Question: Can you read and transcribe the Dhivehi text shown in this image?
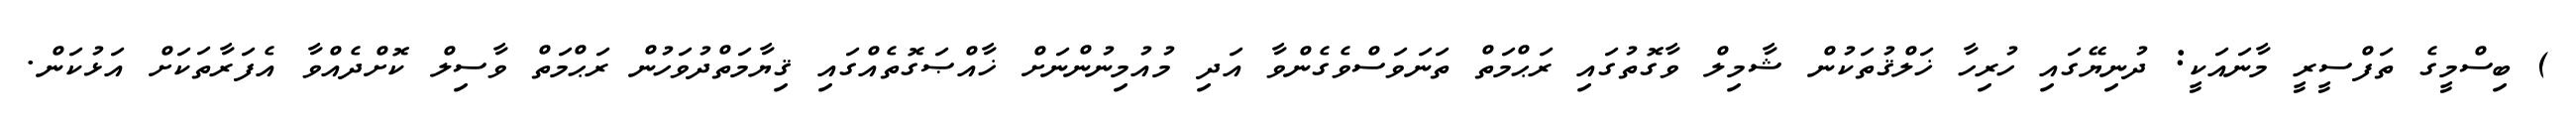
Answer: ) ބިސްމީގެ ތަފްސީރީ މާނައަކީ: ދުނިޔޭގައި ހުރިހާ ޚަލްޤުތަކުން ޝާމިލް ވާގޮތުގައި ރަޙްމަތް ތަނަވަސްވެގެންވާ އަދި މުއުމިނުންނަށް ޚާއްޞަގޮތެއްގައި ޤިޔާމަތްދުވަހުން ރަޙްމަތް ވާސިލް ކޮށްދެއްވާ އެފަރާތަކަށް އަޅުކަން.